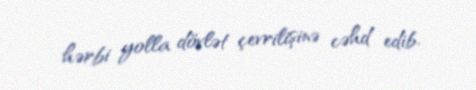
hərbi yolla dövlət çevrilişinə cəhd edib.